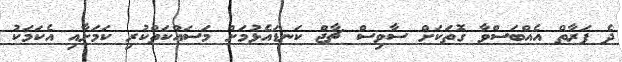
ދެ ފަރާތް އެއްބަސްވާ ގޮތަކަށް ސާވިސް ޗާޖް ކަނޑައެޅުމަށް މަސައްކަތްކުރި ކަމަށާއި އެކަމަކު